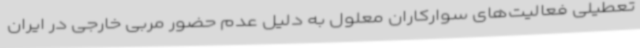
تعطیلی فعالیت‌های سوارکاران معلول به دلیل عدم حضور مربی خارجی در ایران